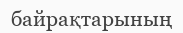
байрақтарының